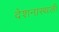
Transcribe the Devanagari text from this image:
देशनास्थली